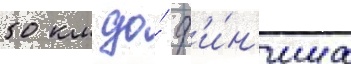
50 км до́ ф'и́н'иша